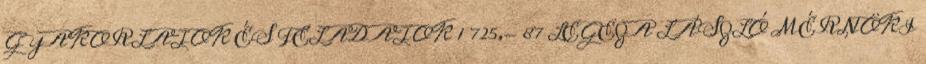
GYAKORLATOK ÉS FELADATOK 1 725,- 87 LEGEZA LÁSZLÓ MÉRNÖKI